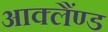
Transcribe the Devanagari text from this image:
आक्लैंण्ड